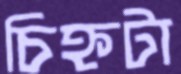
চিহ্নটা